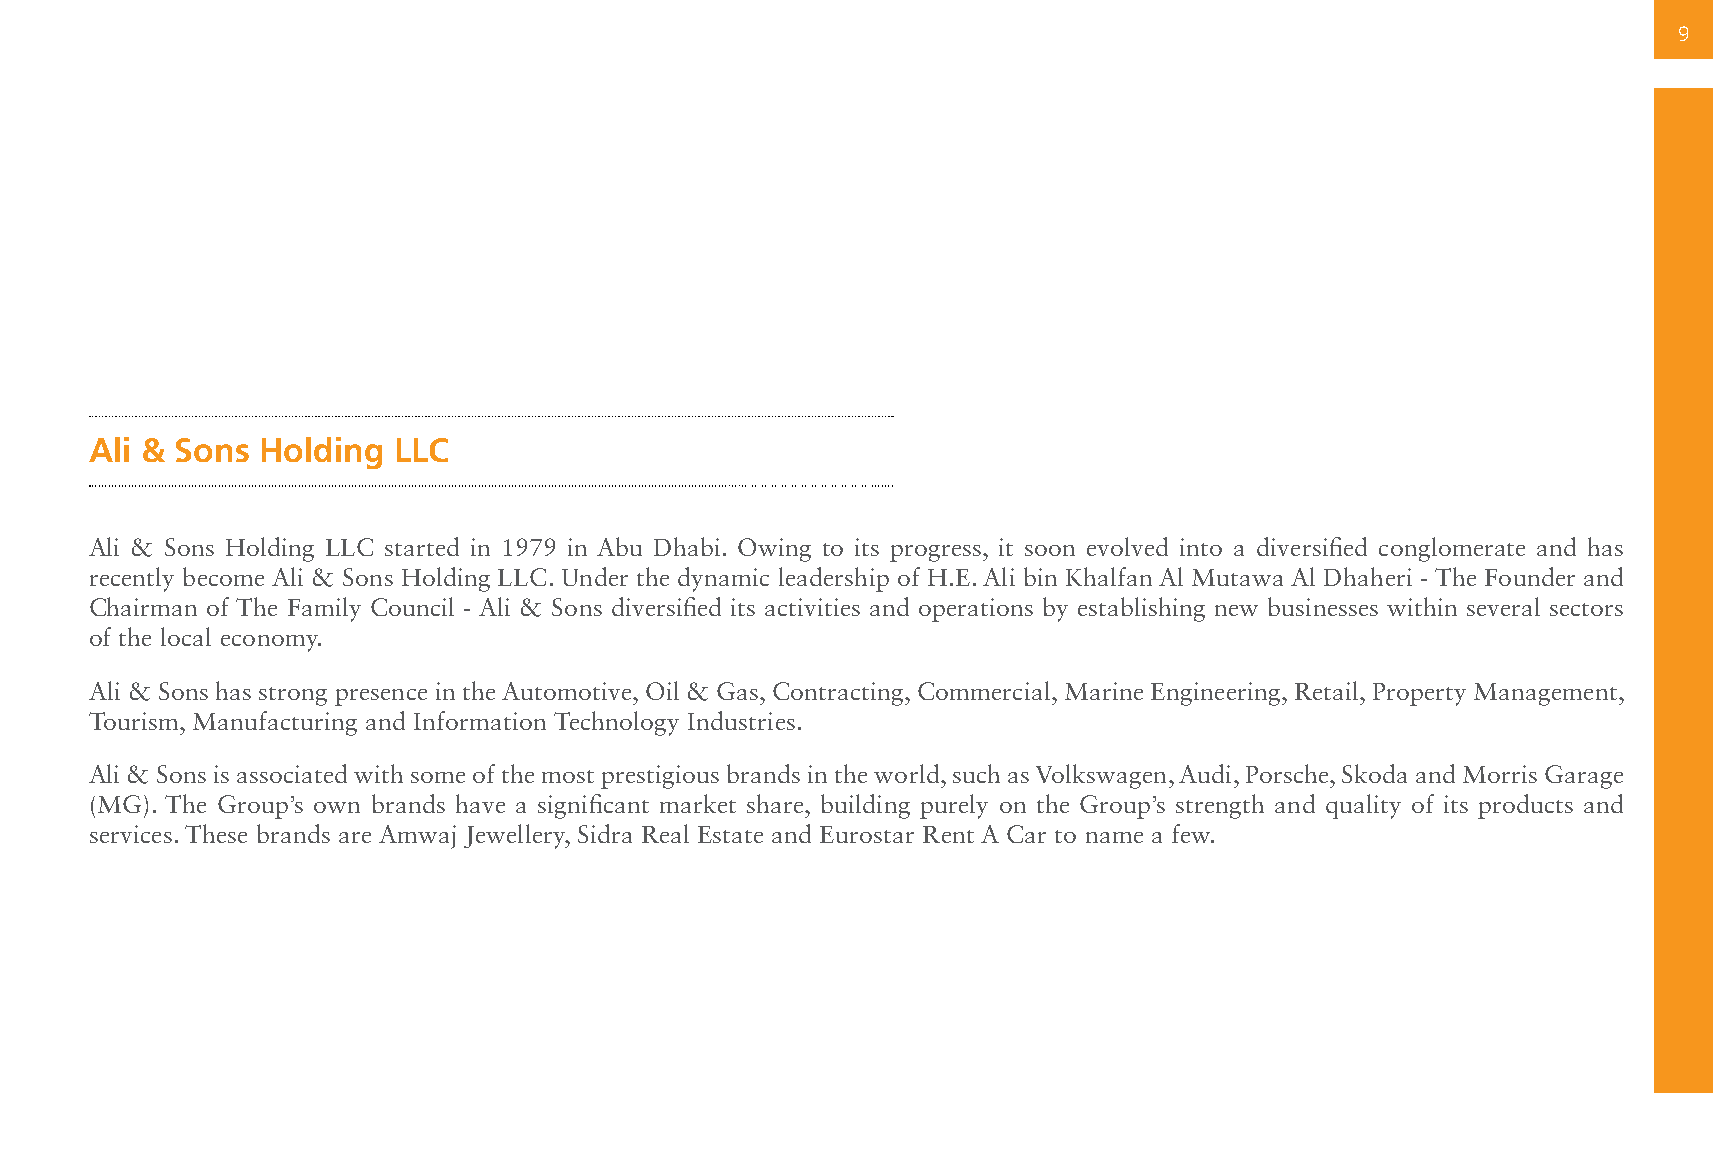
9
 Ali & Sons Holding  LLC
 Ali & Sons Holding LLC started in 1979 in Abu Dhabi. Owing to its progress, it soon evolved into a diversified conglomerate and has
 recently become Ali & Sons Holding LLC. Under the dynamic leadership of H.E. Ali bin Khalfan Al Mutawa Al Dhaheri - The Founder and
 Chairman of The Family Council - Ali & Sons diversified its activities and operations by establishing new businesses within several sectors
 of the local economy.
 Ali & Sons has strong presence in the Automotive, Oil & Gas, Contracting, Commercial, Marine Engineering, Retail, Property Management,
 Tourism, Manufacturing and Information Technology Industries.
 Ali & Sons is associated with some of the most prestigious brands in the world, such as Volkswagen, Audi, Porsche, Skoda and Morris Garage
 (MG). The Group’s own brands have a significant market share, building purely on the Group’s strength and quality of its products and
 services. These brands are Amwaj Jewellery, Sidra Real Estate and Eurostar Rent A Car to name a few.